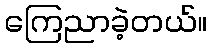
ကြေညာခဲ့တယ်။